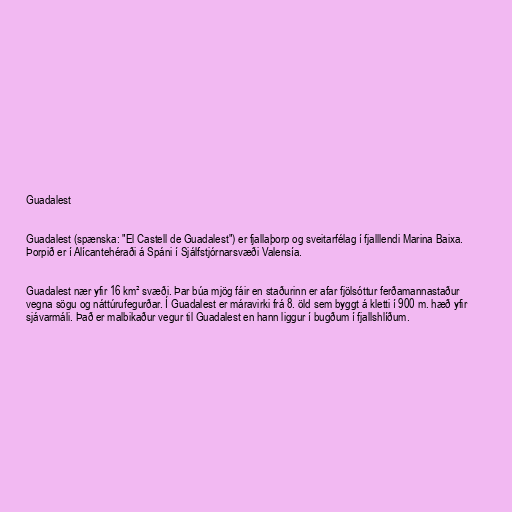
Guadalest

Guadalest (spænska: "El Castell de Guadalest") er fjallaþorp og sveitarfélag í fjalllendi Marina Baixa.
Þorpið er í Alícantehéraði á Spáni í Sjálfstjórnarsvæði Valensía.

Guadalest nær yfir 16 km² svæði. Þar búa mjög fáir en staðurinn er afar fjölsóttur ferðamannastaður
vegna sögu og náttúrufegurðar. Í Guadalest er máravirki frá 8. öld sem byggt á kletti í 900 m. hæð yfir
sjávarmáli. Það er malbikaður vegur til Guadalest en hann liggur í bugðum í fjallshlíðum.